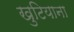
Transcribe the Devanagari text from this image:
खुटियाना